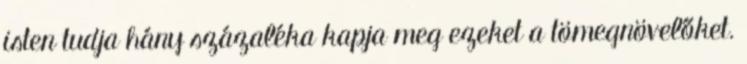
isten tudja hány százaléka kapja meg ezeket a tömegnövelőket.